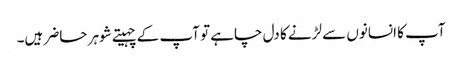
آپ کا انسانوں سے لڑنے کا دل چاہے تو آپ کے چہیتے شوہر حاضر ہیں۔